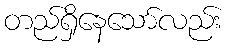
တည်ရှိနေသော်လည်း